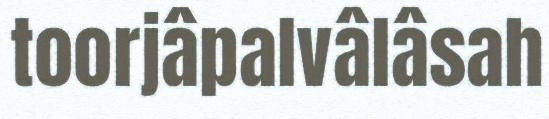
toorjâpalvâlâsah